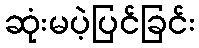
ဆုံးမပဲ့ပြင်ခြင်း